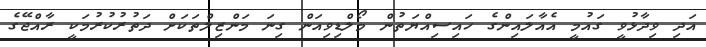
އަދި ވިދާޅުވީ ގައުމީ އެއާލައިންގެ ހައިސިއްޔަތުން މޯލްޑިވިއަން ގިނަ މަންޒިލްތަކަށް ދަތުރުކުރުމަކީ ރާއްޖޭގެ